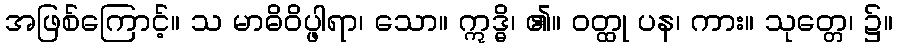
အဖြစ်ကြောင့်။ သ မာဓိဝိပ္ဖါရာ၊ သော။ ဣဒ္ဓိ၊ ၏။ ဝတ္ထု ပန၊ ကား။ သုတ္တေ၊ ၌။